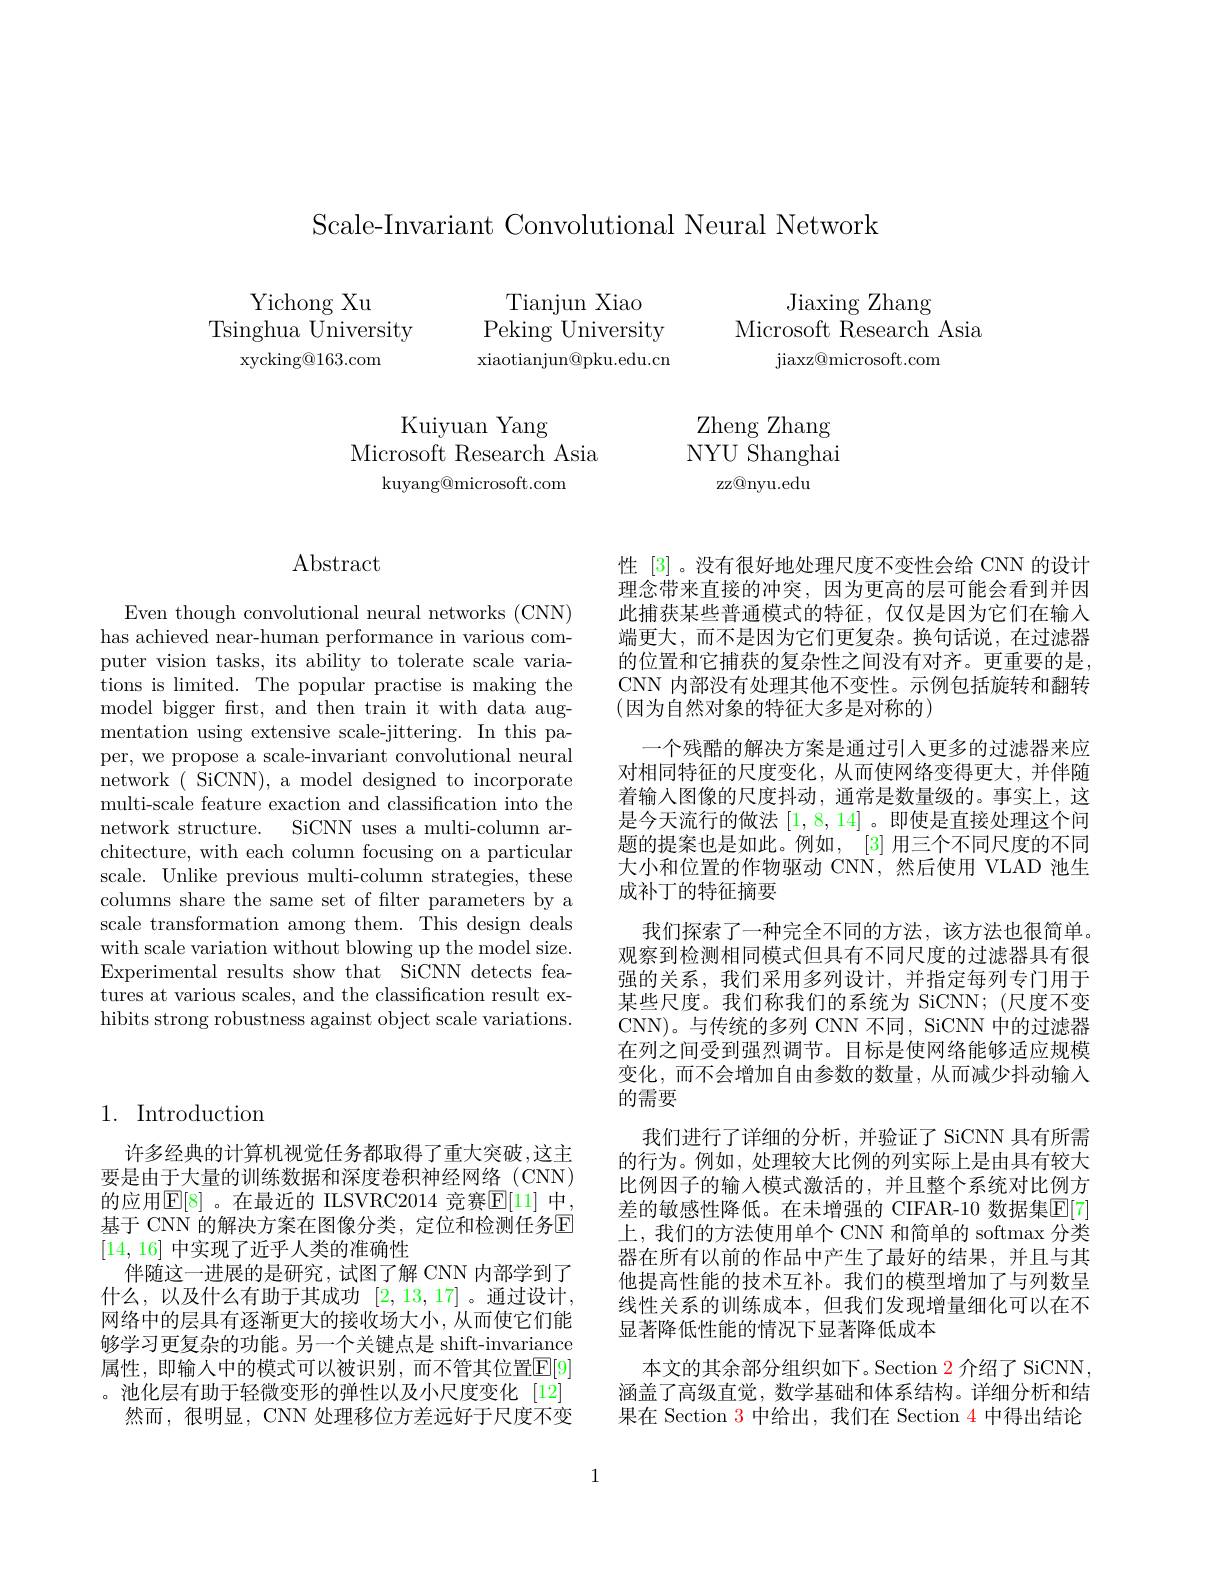
Scale-Invariant Convolutional Neural Network

$\begin{array}{c}{\mathrm{Yichong~Xu}}\\{\mathrm{Tsinghua~University}}\end{array}$
xycking@163.com

Tianjun Xiao
Peking University xiaotianjun@pku.edu.cn

Jiaxing Zhang
Microsoft Research Asia
jiaxz@ microsoft. com

Kuiyuan Yang
Microsoft Research Asia
$\operatorname{kuyang@microsoft.com}$

Zheng Zhang NYU Shanghai
zz@nyu.edu

## Abstract

Even though convolutional neural networks (CNN) has achieved near-human performance in various computer vision tasks, its ability to tolerate scale variations is limited. The popular practise is making the model bigger frst, and then train it with data augmentation using extensive scale-jittering. In this paper, we propose a scale-invariant convolutional neural network( SiCNN), a model designed to incorporate multi-scale feature exaction and classification into the network structure. SiCNN uses a multi-column architecture, with each column focusing on a particular scale. Unlike previous multi-column strategies, these columns share the same set of filter parameters by a scale transformation among them. This design deals with scale variation without blowing up the model size. Experimental results show that SiCNN detects features at various scales, and the classification result exhibits strong robustness against object scale variations.

性 [3] 。没有很好地处理尺度不变性会给 CNN 的设计理念带来直接的冲突，因为更高的层可能会看到并因此捕获某些普通模式的特征，仅仅是因为它们在输入端更大，而不是因为它们更复杂。换句话说，在过滤器的位置和它捕获的复杂性之间没有对齐。更重要的是， CNN 内部没有处理其他不变性。示例包括旋转和翻转(因为自然对象的特征大多是对称的)
一个残酷的解决方案是通过引人更多的过滤器来应对相同特征的尺度变化，从而使网络变得更大，并伴随着输入图像的尺度抖动，通常是数量级的。事实上，这是今天流行的做法[1,8,14] 。即使是直接处理这个问题的提案也是如此。例如，[3] 用三个不同尺度的不同大小和位置的作物驱动 CNN,然后使用 VLAD 池生成补丁的特征摘要
我们探索了一种完全不同的方法，该方法也很简单。观察到检测相同模式但具有不同尺度的过滤器具有很强的关系，我们采用多列设计，并指定每列专门用于某些尺度。我们称我们的系统为 SiCNN;(尺度不变CNN)。与传统的多列 CNN 不同，SiCNN 中的过滤器在列之间受到强烈调节。目标是使网络能够适应规模变化，而不会增加自由参数的数量，从而减少抖动输入的需要
我们进行了详细的分析，并验证了 SiCNN 具有所需的行为。例如，处理较大比例的列实际上是由具有较大比例因子的输入模式激活的，并且整个系统对比例方差的敏感性降低。在未增强的 CIFAR-10 数据集$\mathbb{E}[7]$ 上，我们的方法使用单个 CNN 和简单的 softmax 分类器在所有以前的作品中产生了最好的结果，并且与其他提高性能的技术互补。我们的模型增加了与列数呈线性关系的训练成本，但我们发现增量细化可以在不显著降低性能的情况下显著降低成本
本文的其余部分组织如下。Section 2 介绍了 SiCNN, 涵盖了高级直觉，数学基础和体系结构。详细分析和结果在 Section 3 中给出，我们在 Section 4 中得出结论

## 1. Introduction

许多经典的计算机视觉任务都取得了重大突破，这主要是由于大量的训练数据和深度卷积神经网络(CNN) 的应用$\mathbb{E}[8]$ 。在最近的 IILSVRC2014 竞赛$\mathbb{E}[11]$ 中， 基于 CNN 的解决方案在图像分类，定位和检测任务$\overline{\mathrm{E}}$ [14,16]中实现了近乎人类的准确性
伴随这一进展的是研究，试图了解 CNN 内部学到了什么，以及什么有助于其成功[2,13,17] 。通过设计， 网络中的层具有逐渐更大的接收场大小，从而使它们能够学习更复杂的功能。另一个关键点是 shift-invariance 属性，即输入中的模式可以被识别，而不管其位置$\mathbb{E}[9]$ 。池化层有助于轻微变形的弹性以及小尺度变化[12]
然而，很明显，CNN 处理移位方差远好于尺度不变

1